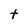
Character: t